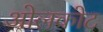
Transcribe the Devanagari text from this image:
ओलकोट